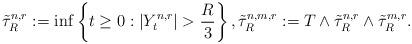
LaTeX: \begin{align*}\tilde{\tau}^{n,r}_R:=\inf\left\lbrace t\ge 0:\left\lvert Y^{n,r}_t\right\rvert > \frac{R}{3}\right\rbrace , \tilde{\tau}^{n,m,r}_R:=T\wedge \tilde{\tau}^{n,r}_R \wedge \tilde{\tau}^{m,r}_R. \end{align*}